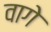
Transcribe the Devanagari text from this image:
वागे